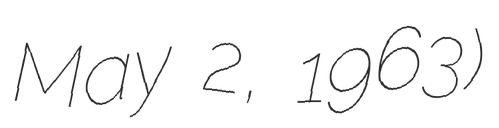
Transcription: May 2, 1963)